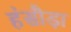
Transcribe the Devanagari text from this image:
हंसौड़ा